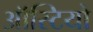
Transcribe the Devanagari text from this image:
ऑस्टियो